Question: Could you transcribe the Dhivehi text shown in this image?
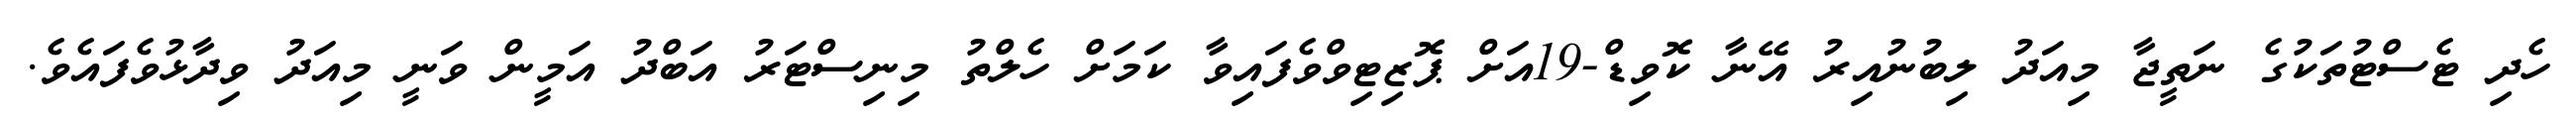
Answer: ހެދި ޓެސްޓުތަކުގެ ނަތީޖާ މިއަދު ލިބުނުއިރު އޭނާ ކޮވިޑް-19އަށް ޕޮޒިޓިވްވެފައިވާ ކަމަށް ހެލްތު މިނިސްޓަރު އަބްދު އަމީން ވަނީ މިއަދު ވިދާޅުވެފައެވެ.